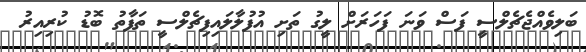
ބަލިވެއްޖެޗެލްސީ ފަސް ވަނަ ފަހަރަށް ލީގު ތަށި އުފުލާލައިފިޗެލްސީ ތަފާތު ބޮޑު ކުރިއިރު